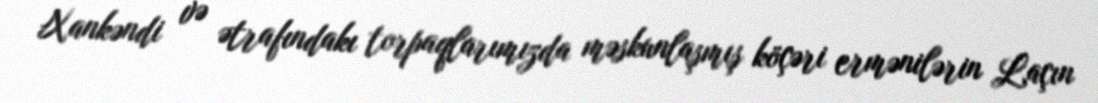
Xankəndi və ətrafındakı torpaqlarımızda məskunlaşmış köçəri ermənilərin Laçın